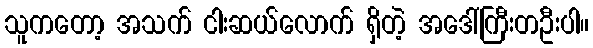
သူကတော့ အသက် ငါးဆယ်လောက် ရှိတဲ့ အဒေါ်ကြီးတဦးပါ။